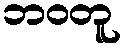
ဘဝတူ